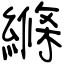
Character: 縧